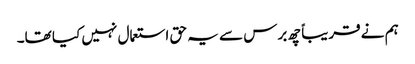
ہم نے قریباً چھ برس سے یہ حق استعمال نہیں کیا تھا۔